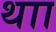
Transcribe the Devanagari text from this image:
थाा